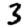
Digit: 3